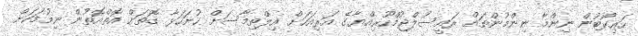
ހައިކޯޓުން ނިންމާ ނިންމުންތައް ރައީސުލްޖުމްހޫރިއްޔާގެ އަރިއަހަށް އިލްތިމާސަށް ހުށަހަޅާ ގޮތަށް އޮތްއޮތުން ނިމުމަކަށް